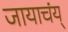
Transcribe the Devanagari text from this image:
जायाचंय्‌